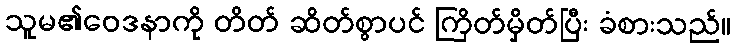
သူမ၏ဝေဒနာကို တိတ် ဆိတ်စွာပင် ကြိတ်မှိတ်ပြီး ခံစားသည်။